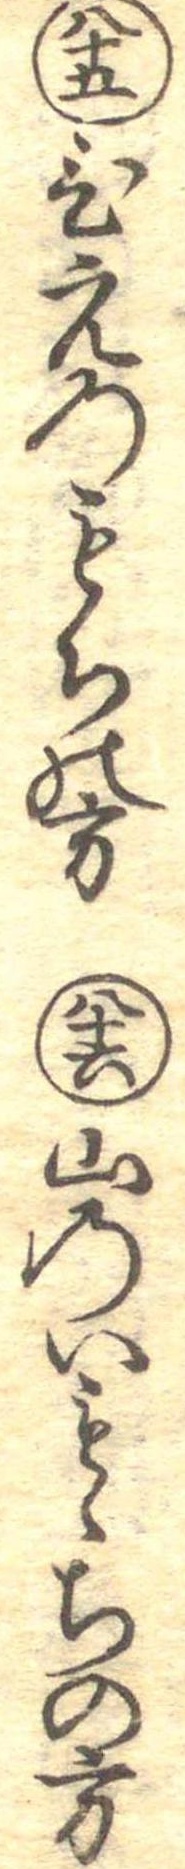
八十五ひえのもちの方八十六山のいもゝちの方